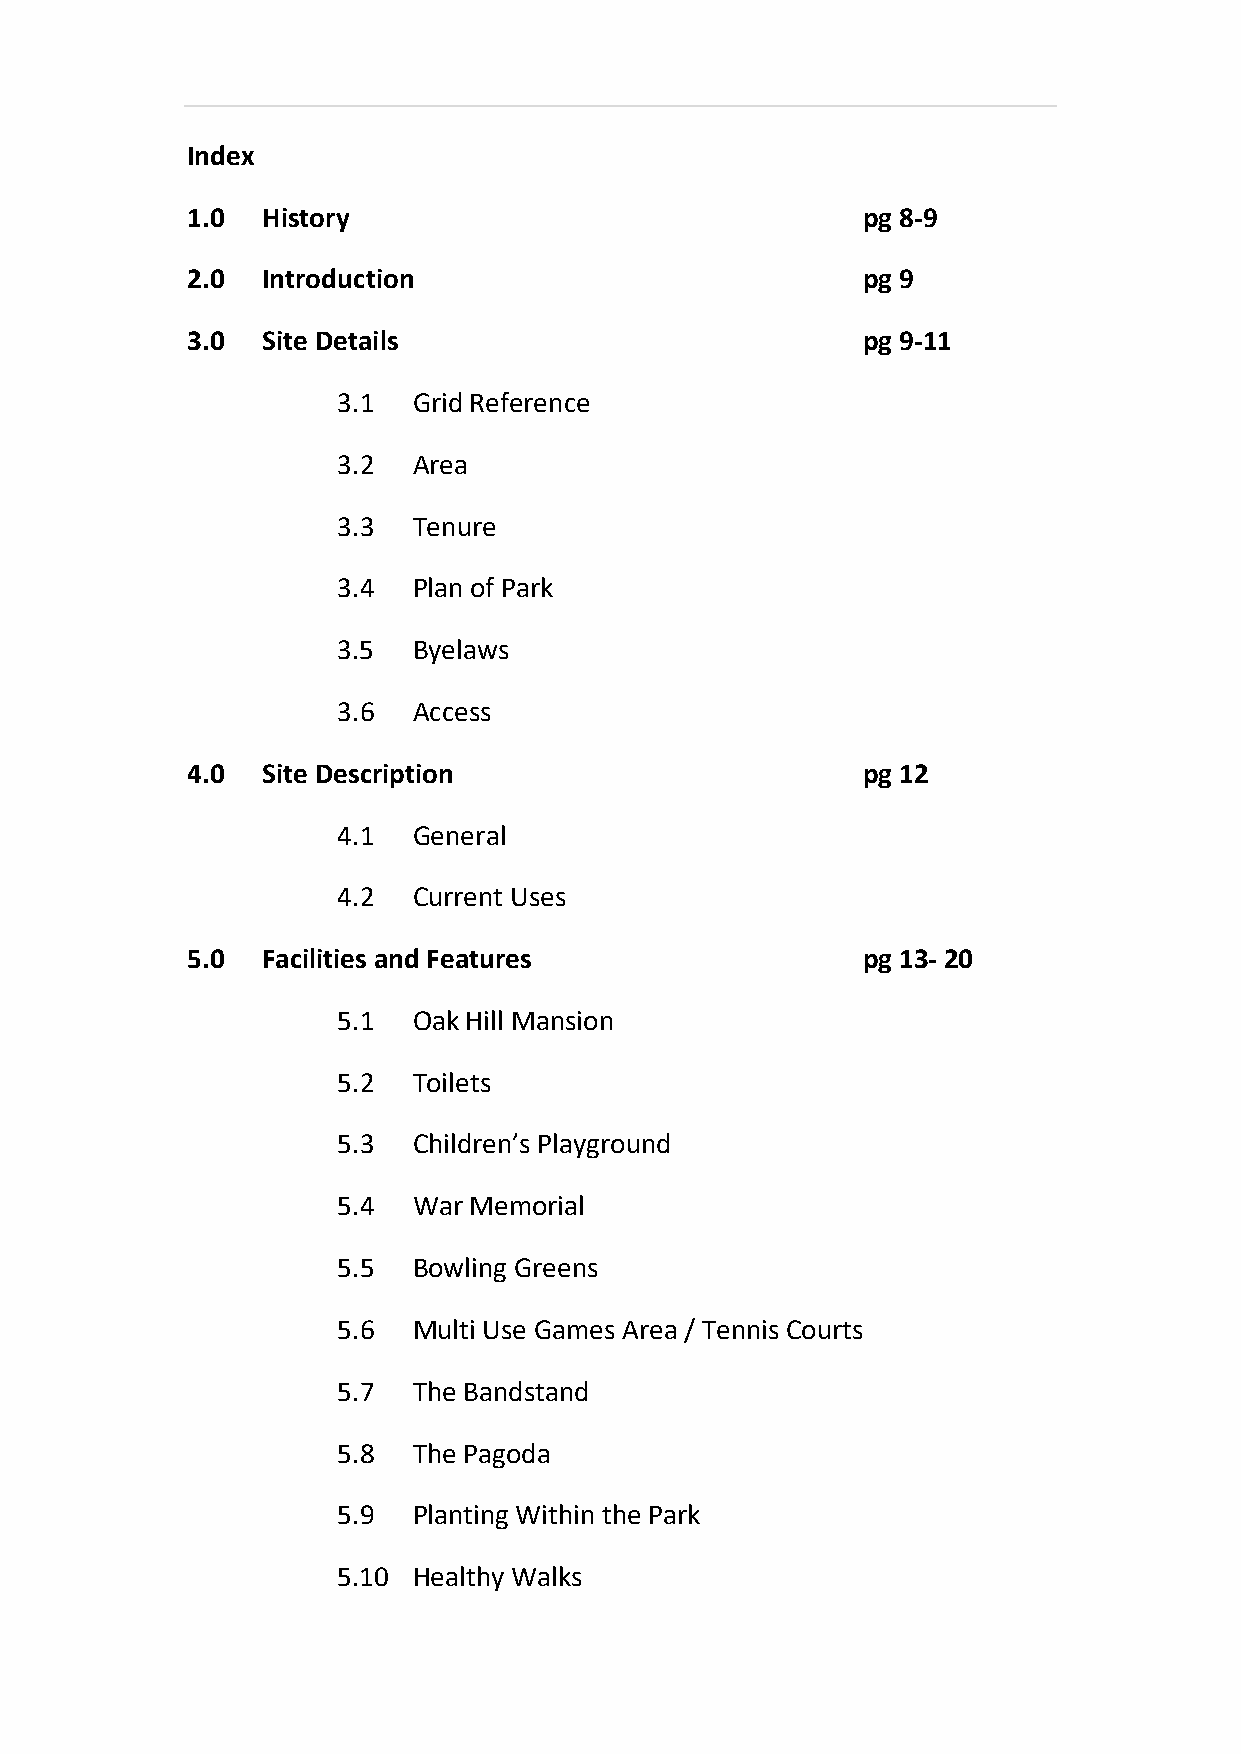
Index
 1.0  History                                 pg 8-9
 2.0  Introduction                            pg 9
 3.0  Site Details                            pg 9-11
 3.1  Grid Reference
 3.2  Area
 3.3  Tenure
 3.4  Plan of Park
 3.5  Byelaws
 3.6  Access
 4.0  Site Description                        pg 12
 4.1  General
 4.2  Current Uses
 5.0  Facilities and Features                 pg 13- 20
 5.1  Oak Hill Mansion
 5.2  Toilets
 5.3  Children’s Playground
 5.4  War Memorial
 5.5  Bowling Greens
 5.6  Multi Use Games Area / Tennis Courts
 5.7  The Bandstand
 5.8  The Pagoda
 5.9  Planting Within the Park
 5.10 Healthy Walks